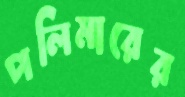
পলিমারের